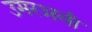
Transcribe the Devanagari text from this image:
उमरअली